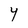
Character: Y